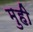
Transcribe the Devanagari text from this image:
मुही